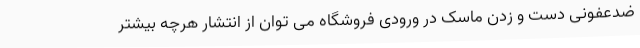
ضدعفونی دست و زدن ماسک در ورودی فروشگاه می توان از انتشار هرچه بیشتر